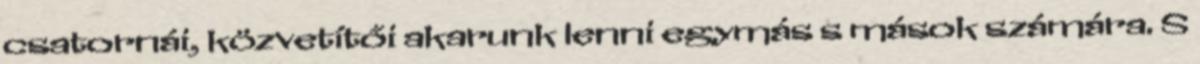
csatornái, közvetítői akarunk lenni egymás s mások számára. S